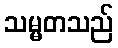
သမ္မတသည်